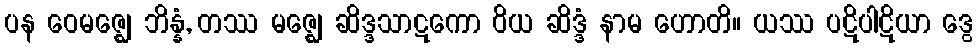
ပန ဝေမဇ္ဈေ ဘိန္နံ, တဿ မဇ္ဈေ ဆိဒ္ဒသာဋကော ဝိယ ဆိဒ္ဒံ နာမ ဟောတိ။ ယဿ ပဋိပါဋိယာ ဒွေ